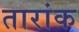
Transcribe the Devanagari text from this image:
तारांक